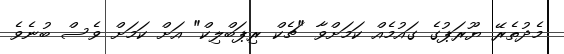
މެދުތެރޭ ޔޫރަޕުގެ ގައުމެއް ކަމަށްވާ "ޗެކް ރިޕަބްލިކް" އަށް ކަމަށް ވެސް ބުނެވެ